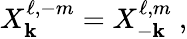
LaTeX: X_{\mathbf{k}}^{\ell,-m}=X_{-\mathbf{k}}^{\ell,m}\ ,